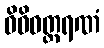
ဝိဝိဓတ္ထရဏံ